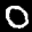
Label: 0